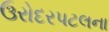
ઉરોદરપટલના